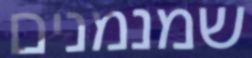
שמנמנים